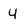
Character: 4